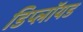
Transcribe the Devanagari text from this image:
डिप्लॉयड